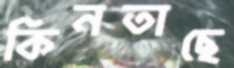
কিনতাছে